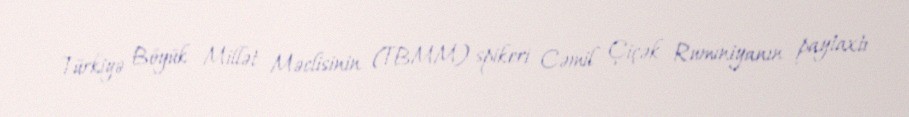
Türkiyə Böyük Millət Məclisinin (TBMM) spikeri Cəmil Çiçək Rumıniyanın paytaxtı